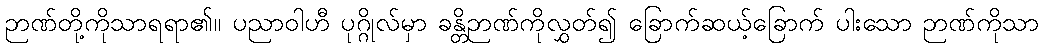
ဉာဏ်တို့ကိုသာရရာ၏။ ပညာဝါဟီ ပုဂ္ဂိုလ်မှာ ခန္တိဉာဏ်ကိုလွှတ်၍ ခြောက်ဆယ့်ခြောက် ပါးသော ဉာဏ်ကိုသာ